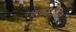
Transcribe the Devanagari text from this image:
तर्कांतील